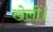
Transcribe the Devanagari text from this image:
खेलीं।